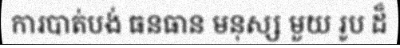
ការបាត់បង់ ធនធាន មនុស្ស មួយ រូប ដ៏